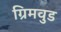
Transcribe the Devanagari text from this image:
ग्रिमवुड